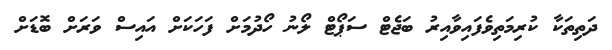
ދަތިތަކާ ކުރިމަތިވެފައިވާއިރު ބަޖެޓް ސަޕޯޓް ލޯނު ހޯދުމަށް ފަހަކަށް އައިސް ވަރަށް ބޮޑަށް